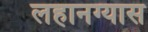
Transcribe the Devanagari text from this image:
लहानग्यास